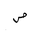
Letter: _sad